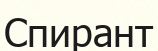
Спирант